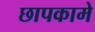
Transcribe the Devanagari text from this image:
छापकामे